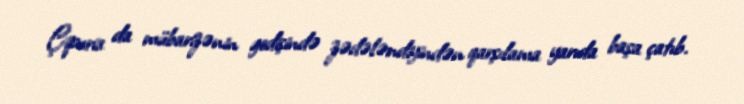
Çipuria da mübarizənin gedişində zədələndiyindən qarşılama yarıda başa çatıb.